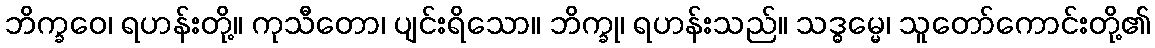
ဘိက္ခဝေ၊ ရဟန်းတို့။ ကုသီတော၊ ပျင်းရိသော။ ဘိက္ခု၊ ရဟန်းသည်။ သဒ္ဓမ္မေ၊ သူတော်ကောင်းတို့၏